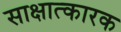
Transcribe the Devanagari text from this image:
साक्षात्कारक